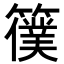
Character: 𥵜